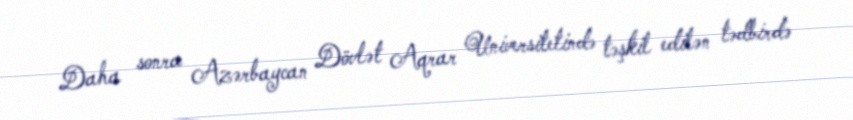
Daha sonra Azərbaycan Dövlət Aqrar Universitetində təşkil edilən tədbirdə